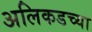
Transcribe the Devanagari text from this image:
अलिकडच्‍या